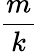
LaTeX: \frac{m}{k}